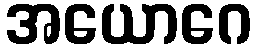
အယောဂေ